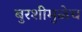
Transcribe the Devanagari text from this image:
बुरशीमुळेच